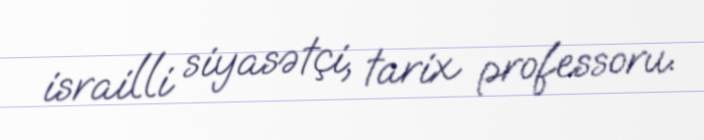
israilli siyasətçi, tarix professoru.